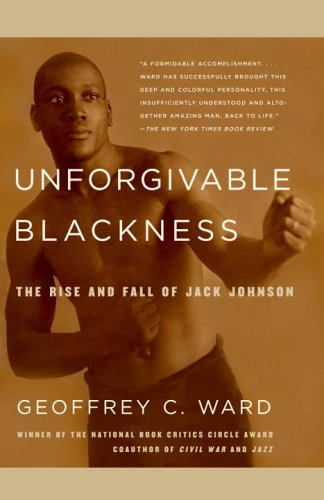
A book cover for Unforgivable Blackness: The Rise and Fall of Jack Johnson; Geoffrey C. Ward; Biographies & Memoirs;